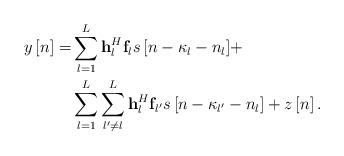
LaTeX: \begin{align*} \begin{aligned} y\left[ n \right] = & \sum\limits_{l = 1}^L {{\bf{h}}_l^H{{\bf{f}}_l}s\left[ {n - {\kappa _l} - {n_l}} \right]} + \\ &\sum\limits_{l = 1}^L {\sum\limits_{l' \ne l}^L {{\bf{h}}_l^H{{\bf{f}}_{l'}}s\left[ {n - {\kappa _{l'}} - {n_l}} \right]} } + z\left[ n \right]. \end{aligned} \end{align*}